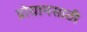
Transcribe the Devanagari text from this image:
प्रोग्रामसाठी